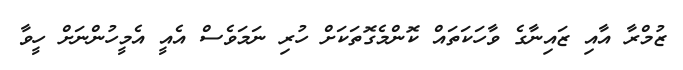
ޒުމްރާ އާއި ޒައިނާގެ ވާހަކަތައް ކޮންމެގޮތަކަށް ހުރި ނަމަވެސް އެއީ އެމީހުންނަށް ހީވާ